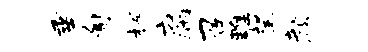
垂匍辉腐召雕望颜